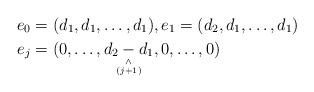
LaTeX: \begin{align*} \begin{aligned} e_0 & = (d_1,d_1,\dots, d_1),e_1 = (d_2,d_1,\dots, d_1) \\ e_j & = (0, \dots, \underset{\scriptsize \substack{\wedge \\ (j+1)}}{d_2-d_1},0,\dots, 0) \end{aligned} \end{align*}